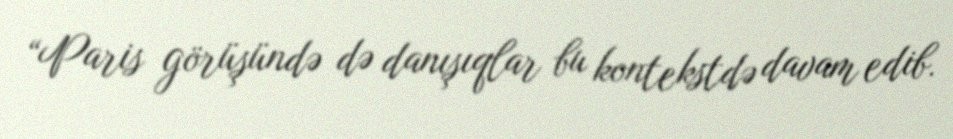
“Paris görüşündə də danışıqlar bu kontekstdə davam edib.